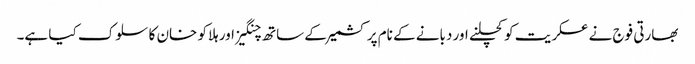
بھارتی فوج نے عسکریت کو کچلنے اور دبانے کے نام پر کشمیر کے ساتھ چنگیز اور ہلاکو خان کا سلوک کیا ہے۔